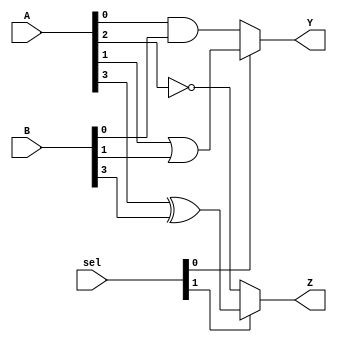
module CLB (
    input wire [3:0] A,    // Inputs A[3:0]
    input wire [3:0] B,    // Inputs B[3:0]
    input wire [1:0] sel,  // Select lines for multiplexers
    output wire Y,         // Output Y
    output wire Z          // Output Z
);
    // Internal wires for LUT outputs
    wire and_out, or_out, not_out, xor_out;

    // Logic functions
    assign and_out = A[0] & B[0]; // AND operation
    assign or_out  = A[1] | B[1];  // OR operation
    assign not_out = ~A[2];        // NOT operation
    assign xor_out = A[3] ^ B[3];  // XOR operation

    // Multiplexer for output Y
    assign Y = (sel[0] == 1'b0) ? and_out : or_out;

    // Multiplexer for output Z
    assign Z = (sel[1] == 1'b0) ? not_out : xor_out;

endmodule